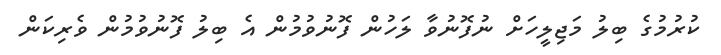
ކުރުމުގެ ބިލު މަޖިލީހަށް ނުފޮނުވާ ލަހުން ފޮނުވުމުން އެ ބިލު ފޮނުވުމުން ވެރިކަން